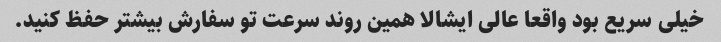
خیلی سریع بود واقعا عالی ایشالا همین روند سرعت تو سفارش بیشتر حفظ کنید.